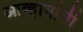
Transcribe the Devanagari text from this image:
आव्हानांनी